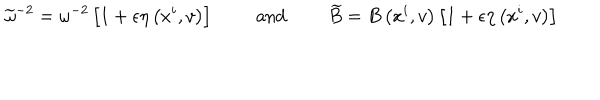
\widetilde { \omega } ^ { - 2 } = \omega ^ { - 2 } \left[ 1 + \epsilon \eta \left( x ^ { i } , v \right) \right] \qquad \mathrm { ~ a n d ~ } \qquad \widetilde { B } = B \left( x ^ { i } , v \right) \left[ 1 + \epsilon \eta \left( x ^ { i } , v \right) \right]